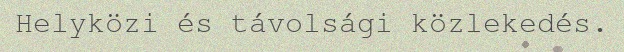
Helyközi és távolsági közlekedés.